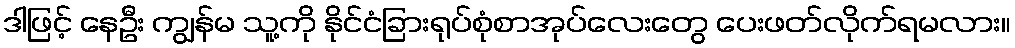
ဒါဖြင့် နေဦး ကျွန်မ သူ့ကို နိုင်ငံခြားရုပ်စုံစာအုပ်လေးတွေ ပေးဖတ်လိုက်ရမလား။